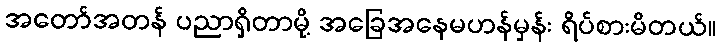
အတော်အတန် ပညာရှိတာမို့ အခြေအနေမဟန်မှန်း ရိပ်စားမိတယ်။